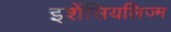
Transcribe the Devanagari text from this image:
इशेंसियलिज्म